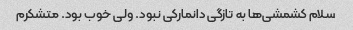
سلام کشمشی‌ها به تازگی دانمارکی نبود. ولی خوب بود. متشکرم